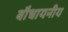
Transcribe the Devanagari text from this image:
बौधायनीय